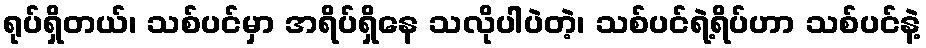
ရုပ်ရှိတယ်၊ သစ်ပင်မှာ အရိပ်ရှိနေ သလိုပါပဲတဲ့၊ သစ်ပင်ရဲ့ရိပ်ဟာ သစ်ပင်နဲ့